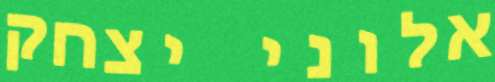
אלוני יצחק